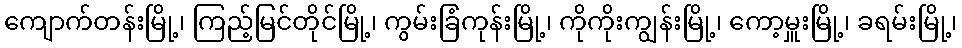
ကျောက်တန်းမြို့၊ ကြည့်မြင်တိုင်မြို့၊ ကွမ်းခြံကုန်းမြို့၊ ကိုကိုးကျွန်းမြို့၊ ကော့မှူးမြို့၊ ခရမ်းမြို့၊